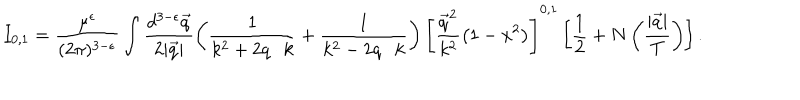
LaTeX: I _ { 0 , 1 } = \frac { \mu ^ { \epsilon } } { ( 2 \pi ) ^ { 3 - \epsilon } } \int \frac { d ^ { 3 - \epsilon } \vec { q } } { 2 | \vec { q } | } \left( \frac { 1 } { k ^ { 2 } + 2 q \cdot k } + \frac { 1 } { k ^ { 2 } - 2 q \cdot k } \right) \left[ \frac { \vec { q } ^ { 2 } } { k ^ { 2 } } \left( 1 - x ^ { 2 } \right) \right] ^ { 0 , 1 } \left[ \frac 1 2 + N \left( \frac { | \vec { q } | } { T } \right) \right] .